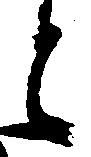
と